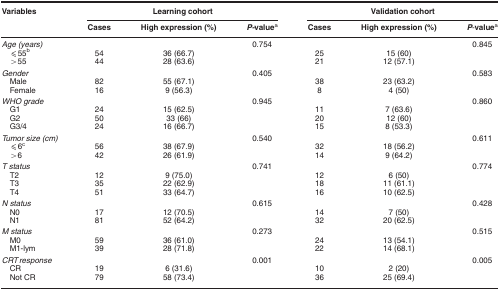
<table><thead><tr><td><b>Variables</b></td><td colspan="3"><b>Learning cohort</b></td><td colspan="3"><b>Validation cohort</b></td></tr><tr><td><b> </b></td><td><b>Cases</b></td><td><b>High expression (%)</b></td><td><b><i>P-</i>valuea</b></td><td><b>Cases</b></td><td><b>High expression (%)</b></td><td><b><i>P</i>-valuea</b></td></tr></thead><tbody><tr><td><i>Age (years)</i></td><td> </td><td> </td><td>0.754</td><td> </td><td> </td><td>0.845</td></tr><tr><td> ⩽55b</td><td>54</td><td>36 (66.7)</td><td> </td><td>25</td><td>15 (60)</td><td> </td></tr><tr><td> &gt;55</td><td>44</td><td>28 (63.6)</td><td> </td><td>21</td><td>12 (57.1)</td><td> </td></tr><tr><td><i>Gender</i></td><td> </td><td> </td><td>0.405</td><td> </td><td> </td><td>0.583</td></tr><tr><td> Male</td><td>82</td><td>55 (67.1)</td><td> </td><td>38</td><td>23 (63.2)</td><td> </td></tr><tr><td> Female</td><td>16</td><td>9 (56.3)</td><td> </td><td>8</td><td>4 (50)</td><td> </td></tr><tr><td><i>WHO grade</i></td><td> </td><td> </td><td>0.945</td><td> </td><td> </td><td>0.860</td></tr><tr><td> G1</td><td>24</td><td>15 (62.5)</td><td> </td><td>11</td><td>7 (63.6)</td><td> </td></tr><tr><td> G2</td><td>50</td><td>33 (66)</td><td> </td><td>20</td><td>12 (60)</td><td> </td></tr><tr><td> G3/4</td><td>24</td><td>16 (66.7)</td><td> </td><td>15</td><td>8 (53.3)</td><td> </td></tr><tr><td><i>Tumor size (cm)</i></td><td> </td><td> </td><td>0.540</td><td> </td><td> </td><td>0.611</td></tr><tr><td> ⩽6c</td><td>56</td><td>38 (67.9)</td><td> </td><td>32</td><td>18 (56.2)</td><td> </td></tr><tr><td> &gt;6</td><td>42</td><td>26 (61.9)</td><td> </td><td>14</td><td>9 (64.2)</td><td> </td></tr><tr><td><i>T status</i></td><td> </td><td> </td><td>0.741</td><td> </td><td> </td><td>0.774</td></tr><tr><td> T2</td><td>12</td><td>9 (75.0)</td><td> </td><td>12</td><td>6 (50)</td><td> </td></tr><tr><td> T3</td><td>35</td><td>22 (62.9)</td><td> </td><td>18</td><td>11 (61.1)</td><td> </td></tr><tr><td> T4</td><td>51</td><td>33 (64.7)</td><td> </td><td>16</td><td>10 (62.5)</td><td> </td></tr><tr><td><i>N status</i></td><td> </td><td> </td><td>0.615</td><td> </td><td> </td><td>0.428</td></tr><tr><td> N0</td><td>17</td><td>12 (70.5)</td><td> </td><td>14</td><td>7 (50)</td><td> </td></tr><tr><td> N1</td><td>81</td><td>52 (64.2)</td><td> </td><td>32</td><td>20 (62.5)</td><td> </td></tr><tr><td><i>M status</i></td><td> </td><td> </td><td>0.273</td><td> </td><td> </td><td>0.515</td></tr><tr><td> M0</td><td>59</td><td>36 (61.0)</td><td> </td><td>24</td><td>13 (54.1)</td><td> </td></tr><tr><td> M1-lym</td><td>39</td><td>28 (71.8)</td><td> </td><td>22</td><td>14 (68.1)</td><td> </td></tr><tr><td><i>CRT response</i></td><td> </td><td> </td><td>0.001</td><td> </td><td> </td><td>0.005</td></tr><tr><td> CR</td><td>19</td><td>6 (31.6)</td><td> </td><td>10</td><td>2 (20)</td><td> </td></tr><tr><td> Not CR</td><td>79</td><td>58 (73.4)</td><td> </td><td>36</td><td>25 (69.4)</td><td> </td></tr></tbody></table>